65_HS1-834228961_62-HQ-83894_Section_6
Agency: FBI
Page 24
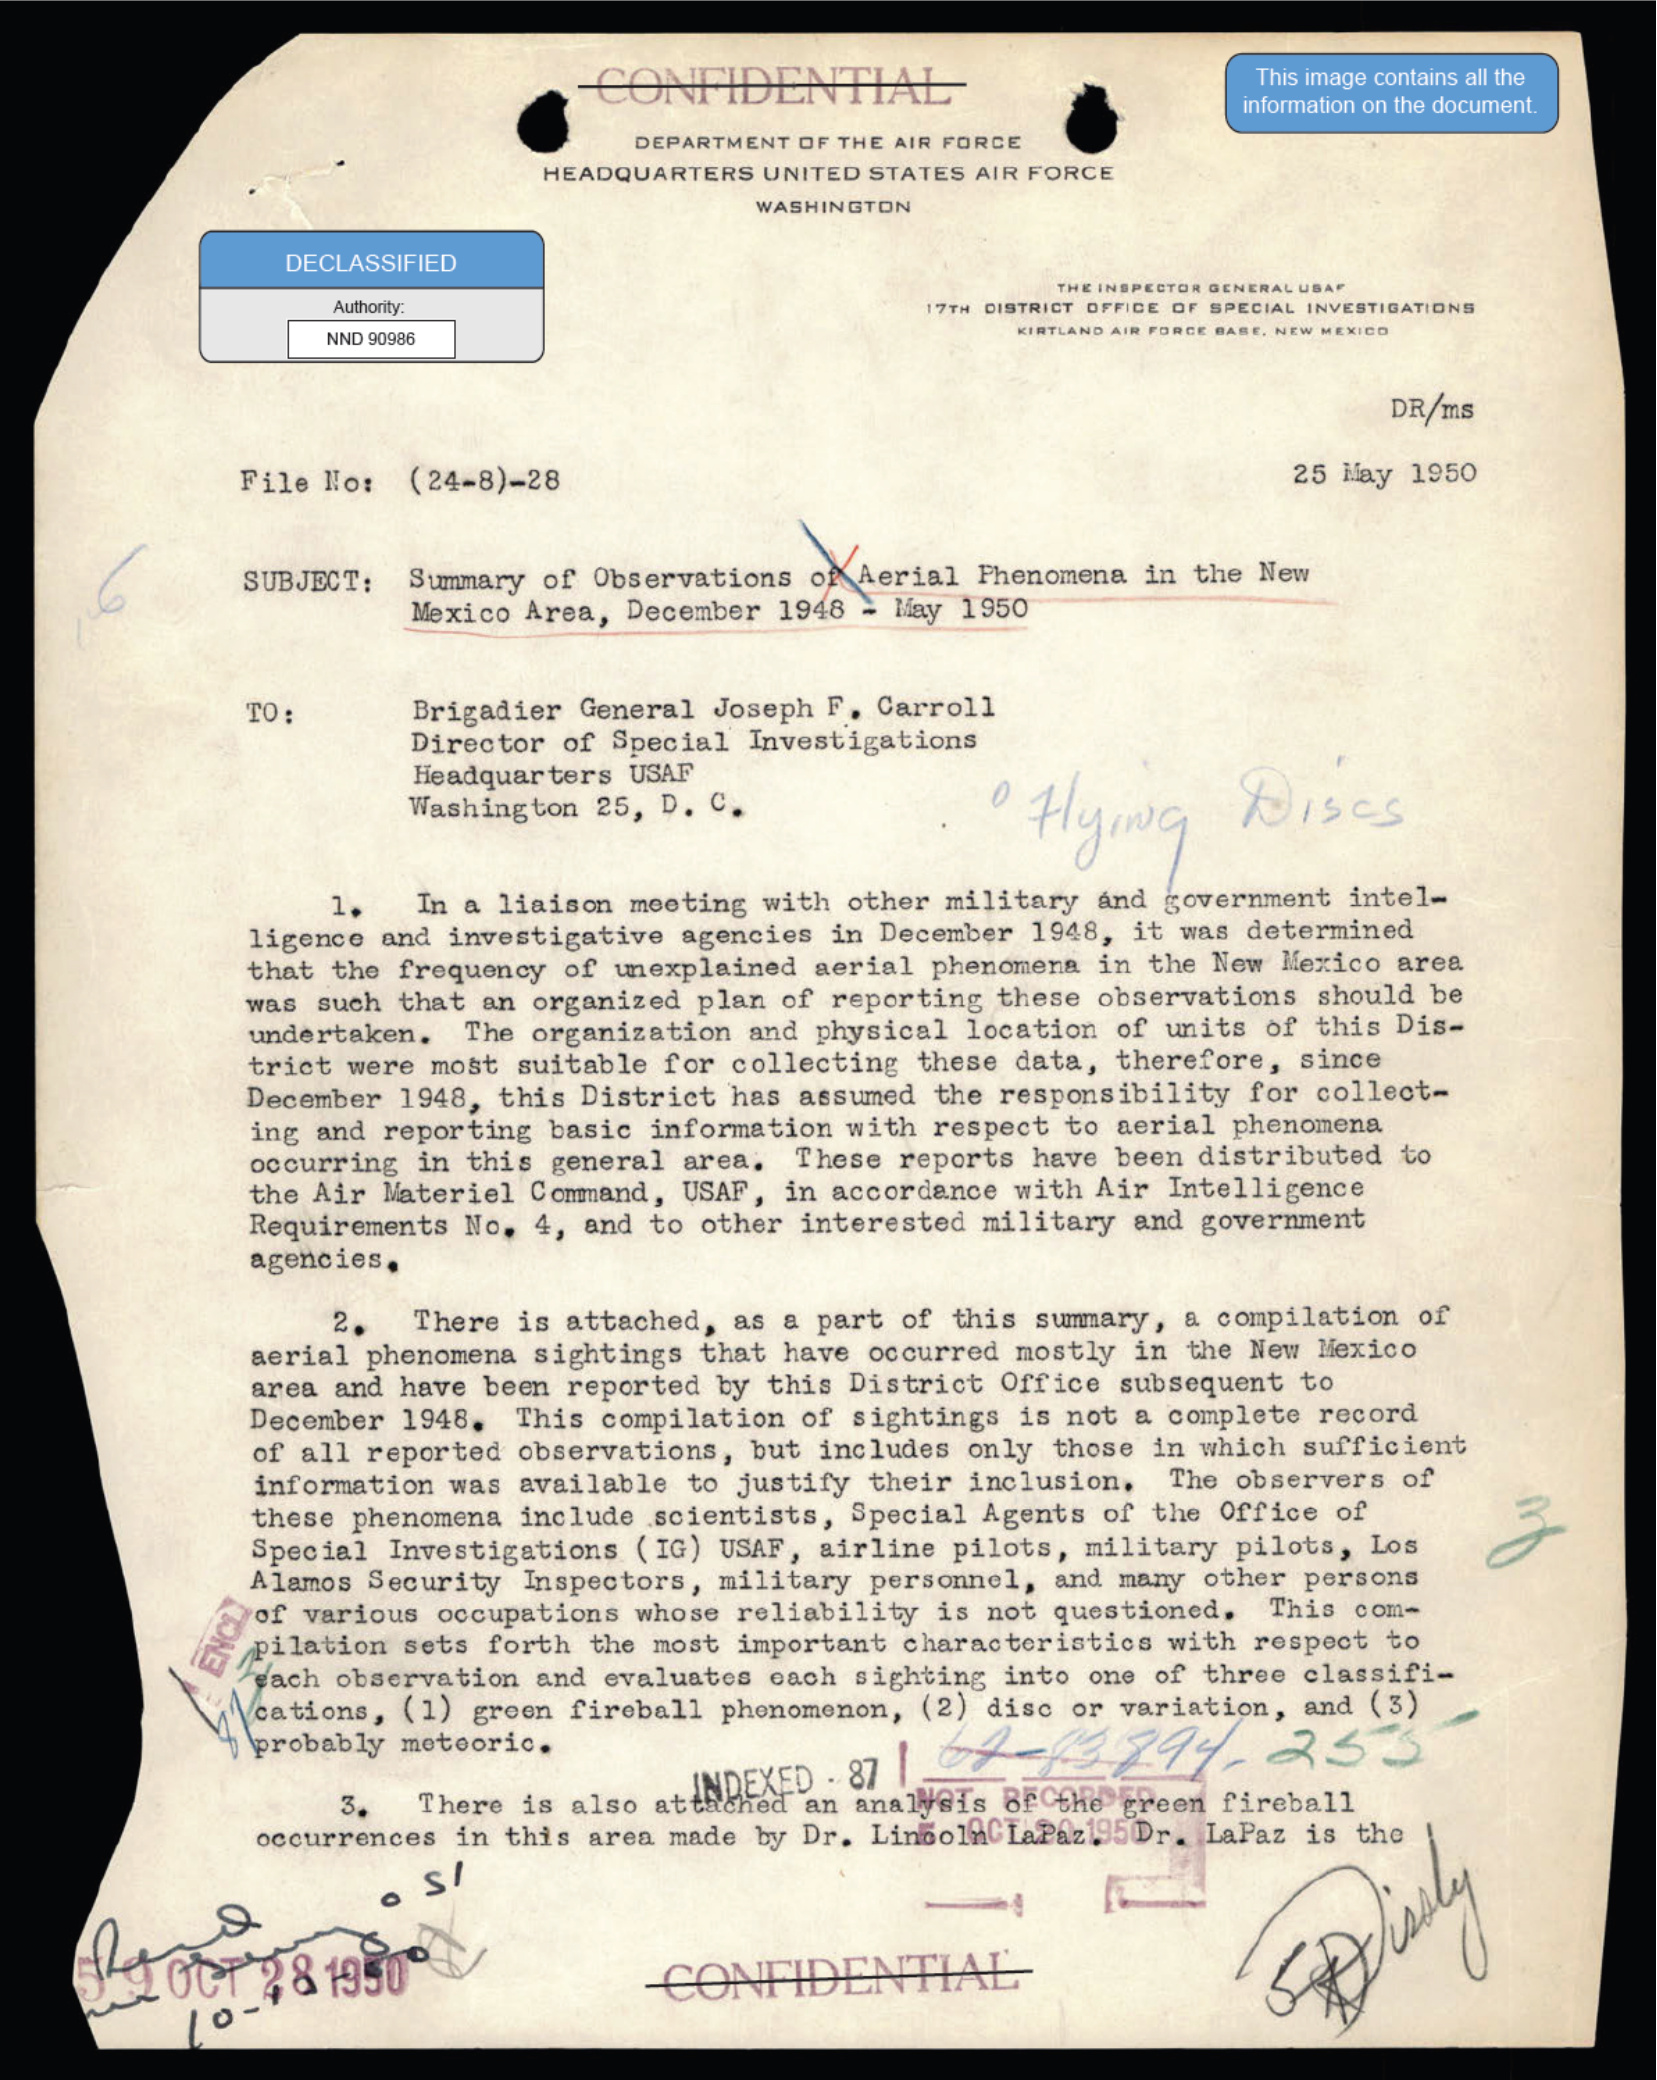